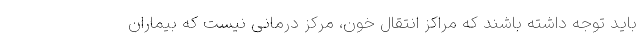
باید توجه داشته باشند که مراکز انتقال خون، مرکز درمانی نیست که بیماران